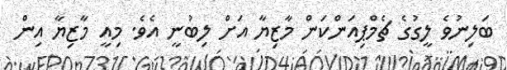
ބަލިނުވެ ލީގުގެ ޗެމްޕިއަންކަން މާޒިޔާ އަށް ލިބުނީ އެވެ. މިއީ މާޒިޔާ އިން